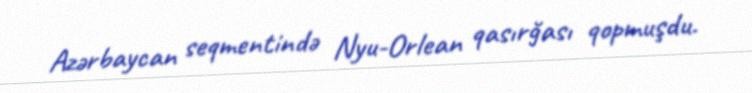
Azərbaycan seqmentində Nyu-Orlean qasırğası qopmuşdu.